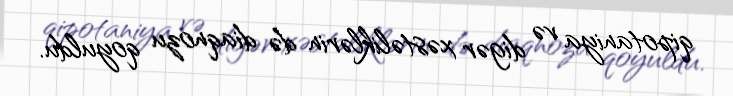
qipotaniya və digər xəstəliklərin də diaqnozu qoyuldu.